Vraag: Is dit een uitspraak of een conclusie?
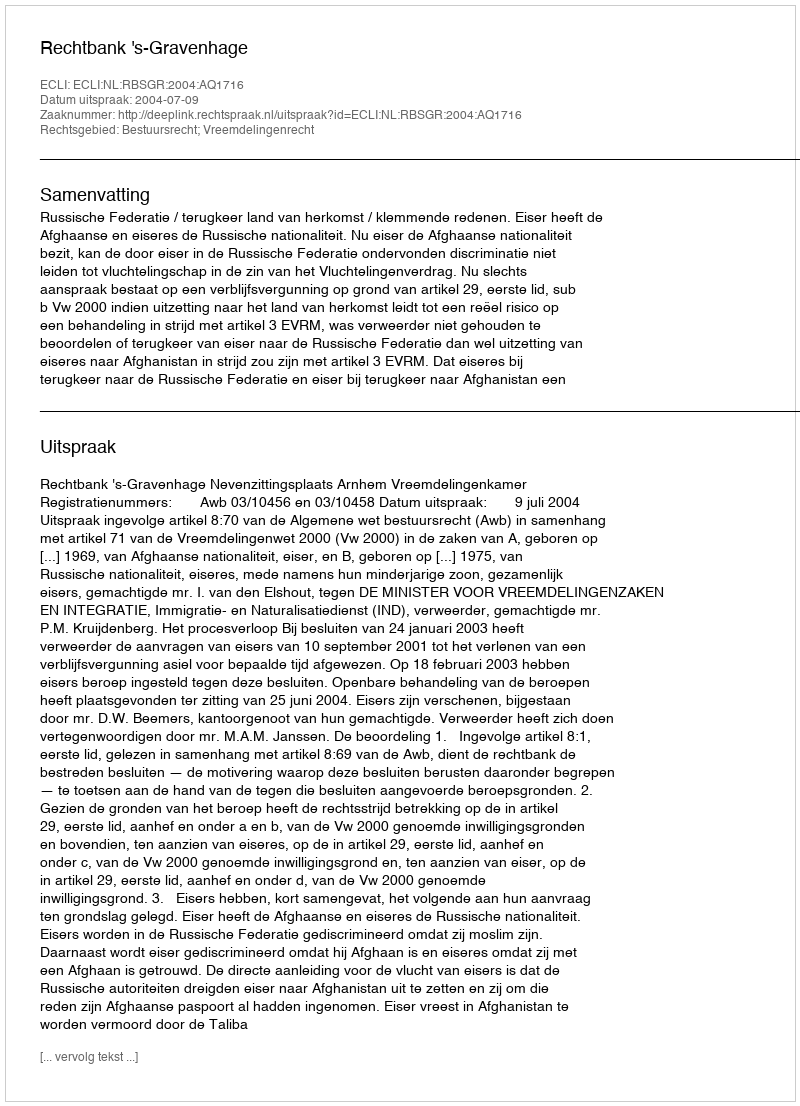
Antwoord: Uitspraak